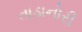
તાડાનોરી